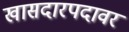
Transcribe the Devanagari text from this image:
खासदारपदावर